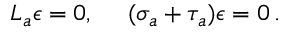
L _ { a } \epsilon = 0 , \ \ \ \ ( \sigma _ { a } + \tau _ { a } ) \epsilon = 0 \, .